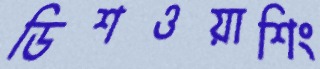
ডিশওয়াশিং